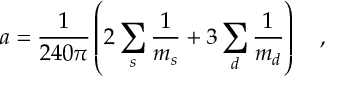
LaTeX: a = { \frac { 1 } { 2 4 0 \pi } } \left( 2 \sum _ { s } { \frac { 1 } { m _ { s } } } + 3 \sum _ { d } { \frac { 1 } { m _ { d } } } \right) ~ ~ ~ ,